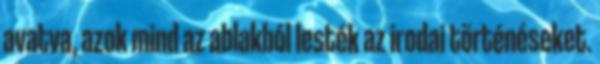
avatva, azok mind az ablakból lesték az irodai történéseket.